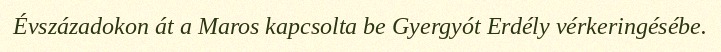
Évszázadokon át a Maros kapcsolta be Gyergyót Erdély vérkeringésébe.